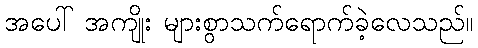
အပေါ် အကျိုး များစွာသက်ရောက်ခဲ့လေသည်။